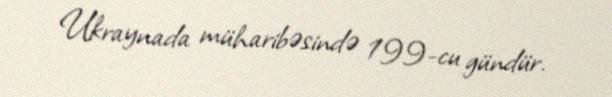
Ukraynada müharibəsində 199-cu gündür.